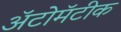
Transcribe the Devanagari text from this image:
ॲटोमॅटीक